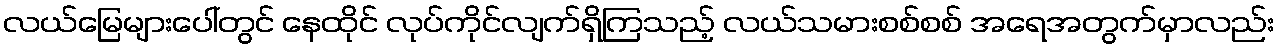
လယ်မြေများပေါ်တွင် နေထိုင် လုပ်ကိုင်လျက်ရှိကြသည့် လယ်သမားစစ်စစ် အရေအတွက်မှာလည်း